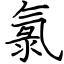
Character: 氯